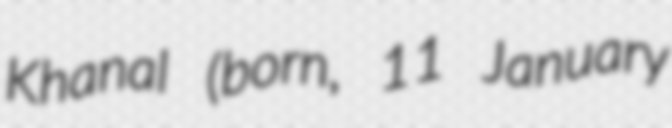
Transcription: Khanal (born, 11 January